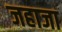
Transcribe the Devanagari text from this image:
जहाजा